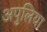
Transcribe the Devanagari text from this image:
अपुलिया